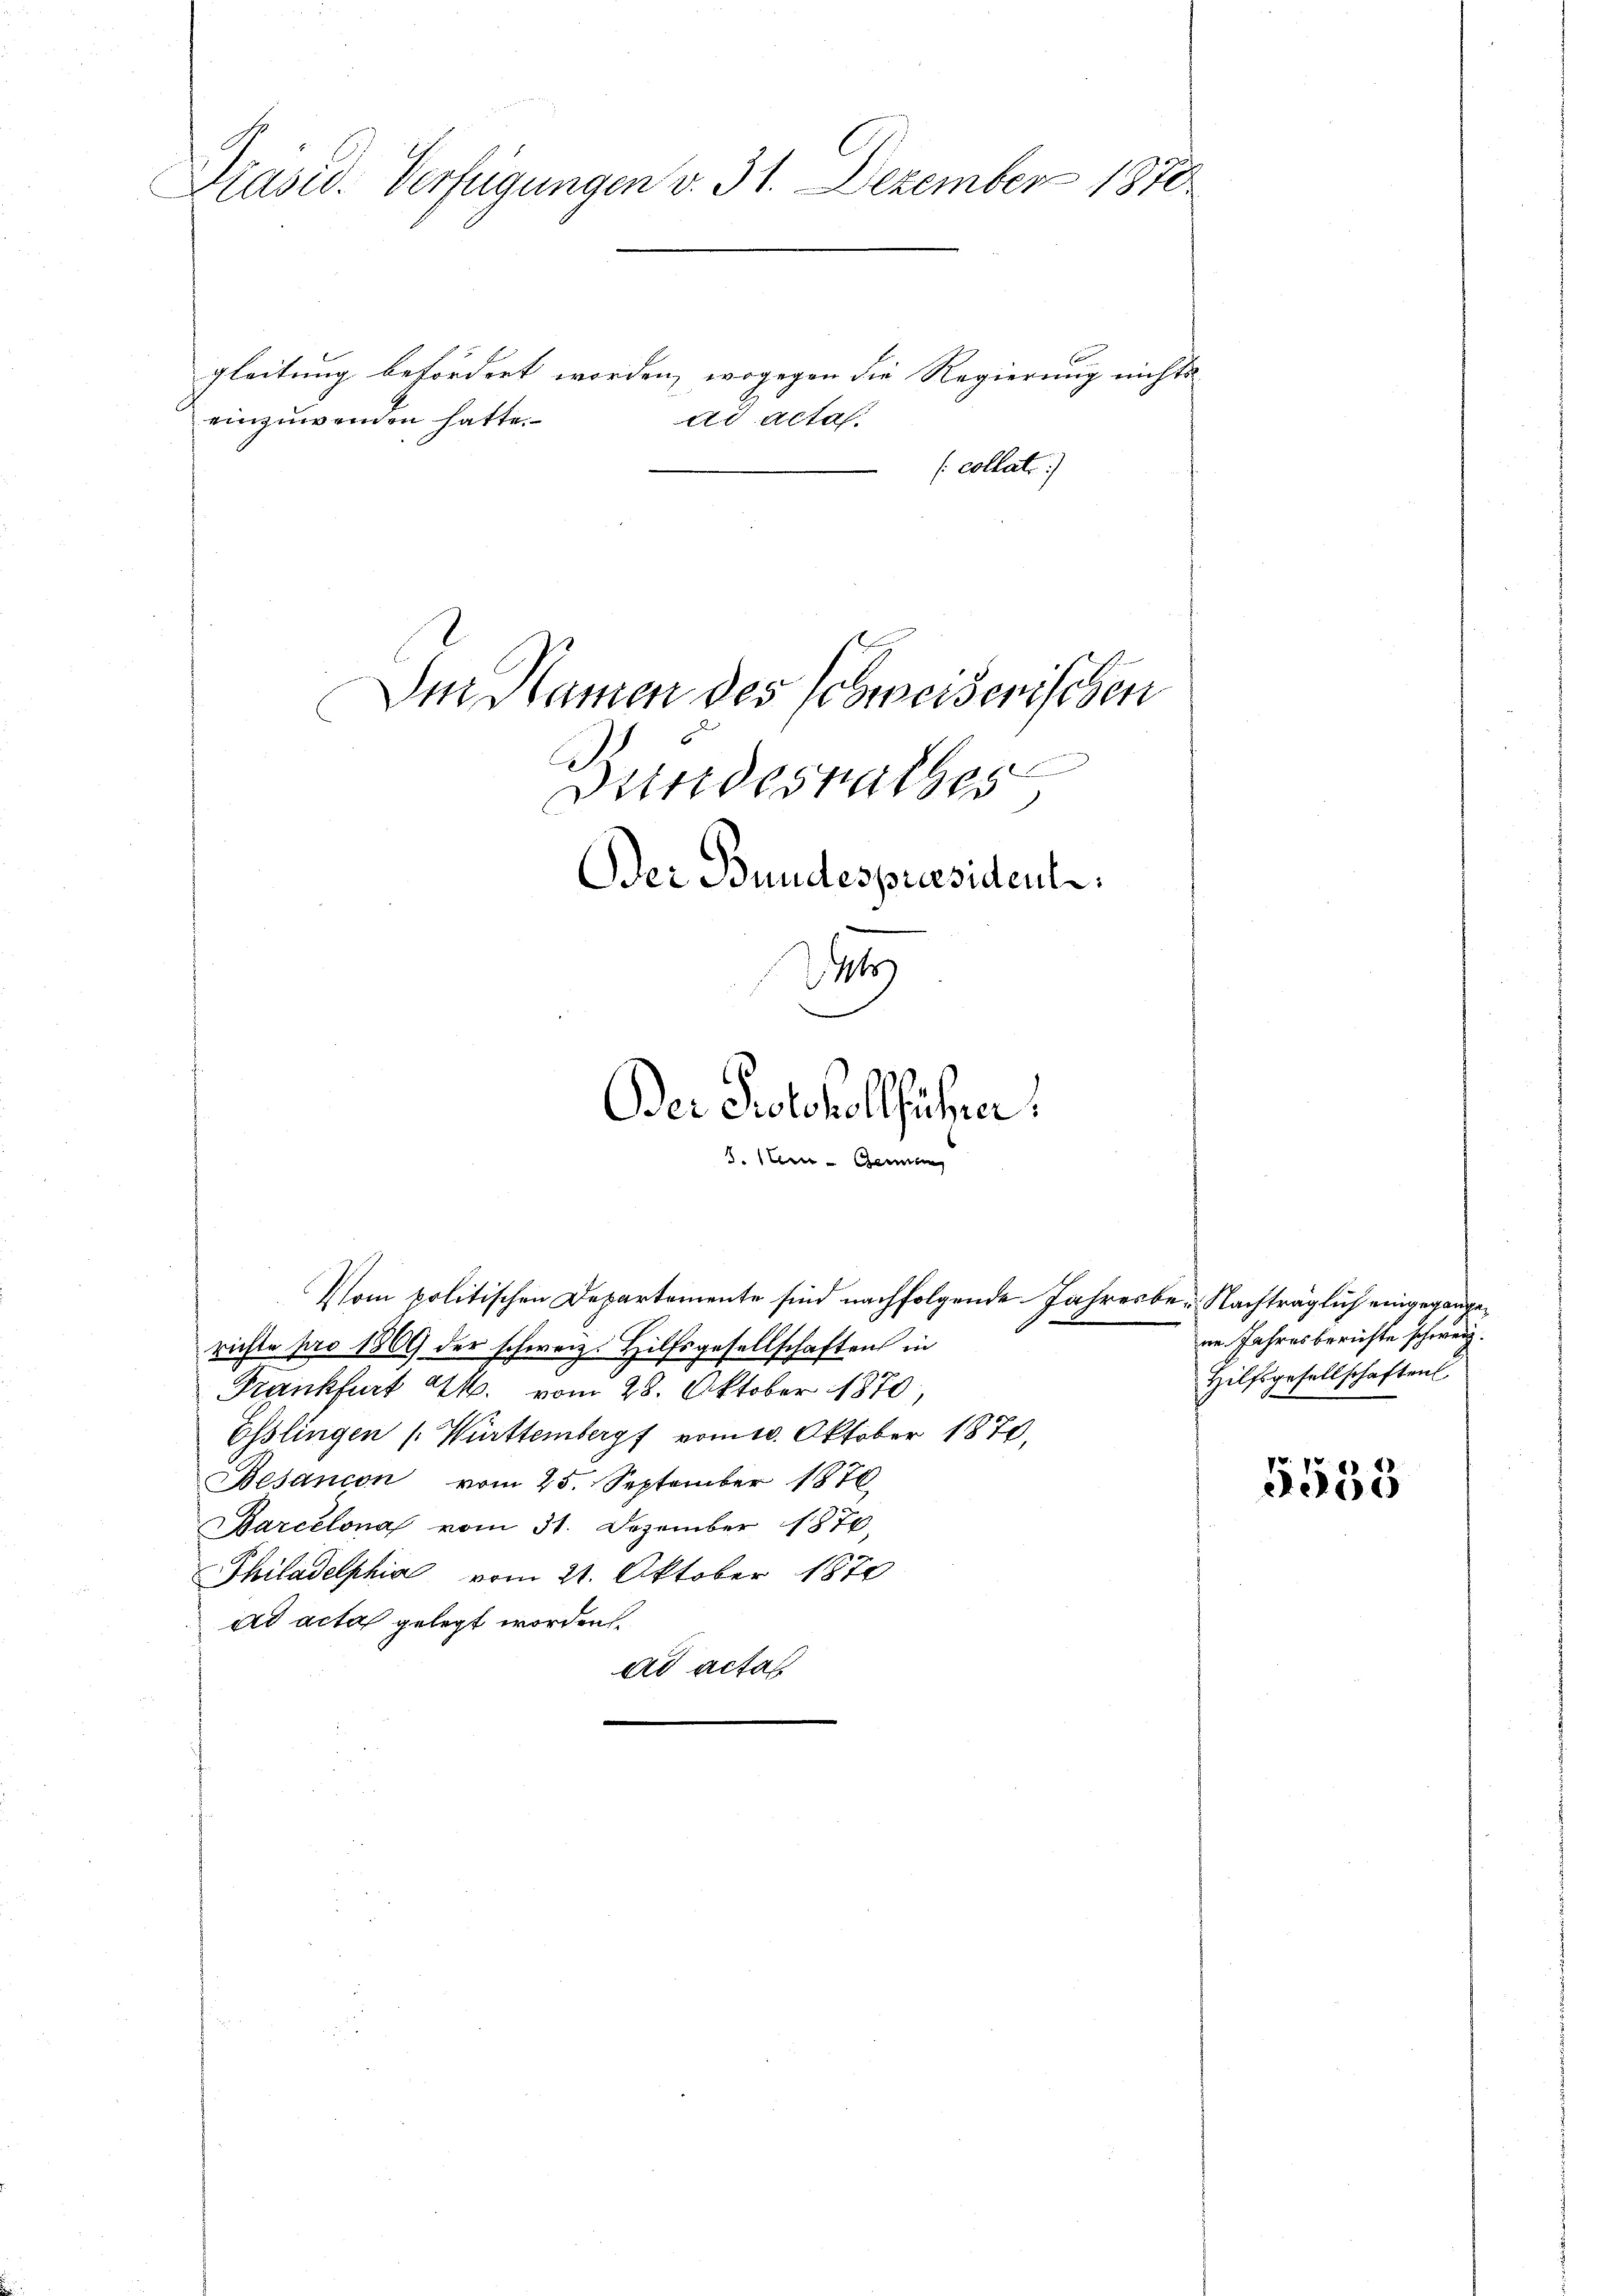
gleitung befördert worden, wogegen die Regierung nichts
einzuwenden hatte.

Präsid. Verfügungen v. 31. Dezember 1870
ad acta.
(collat
Der Namen des Schweiserischen
Bundesrathes
Der Bundespreesident
24
Der Protokollführer.

Vom politischen Departemente sind nachfolgende Jahresbe- Nachträglich eingegangerichte pro 1869 der schweiz. Hilfsgesellschaften in
Frankfurt 24. vom 28. Oktober 1879.
Esslingen ( Württemberg vom 10. Oktober 1870,
Besancon vom 25. September 1876
Barcelona vom 31. Dezember 1876,
Philadelphia vom 21. Oktober 1870
ad acta gelegt worden.
ad actat

S. eine Bern

nn Jahresberichte schweiz
Hilfsgesellschaften

5558